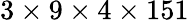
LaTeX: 3\times 9\times 4\times 151